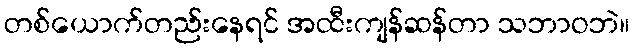
တစ်ယောက်တည်းနေရင် အထီးကျန်ဆန်တာ သဘာဝဘဲ။